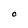
Character: O